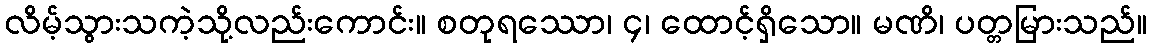
လိမ့်သွားသကဲ့သို့လည်းကောင်း။ စတုရဿော၊ ၄၊ ထောင့်ရှိသော။ မဏိ၊ ပတ္တမြားသည်။